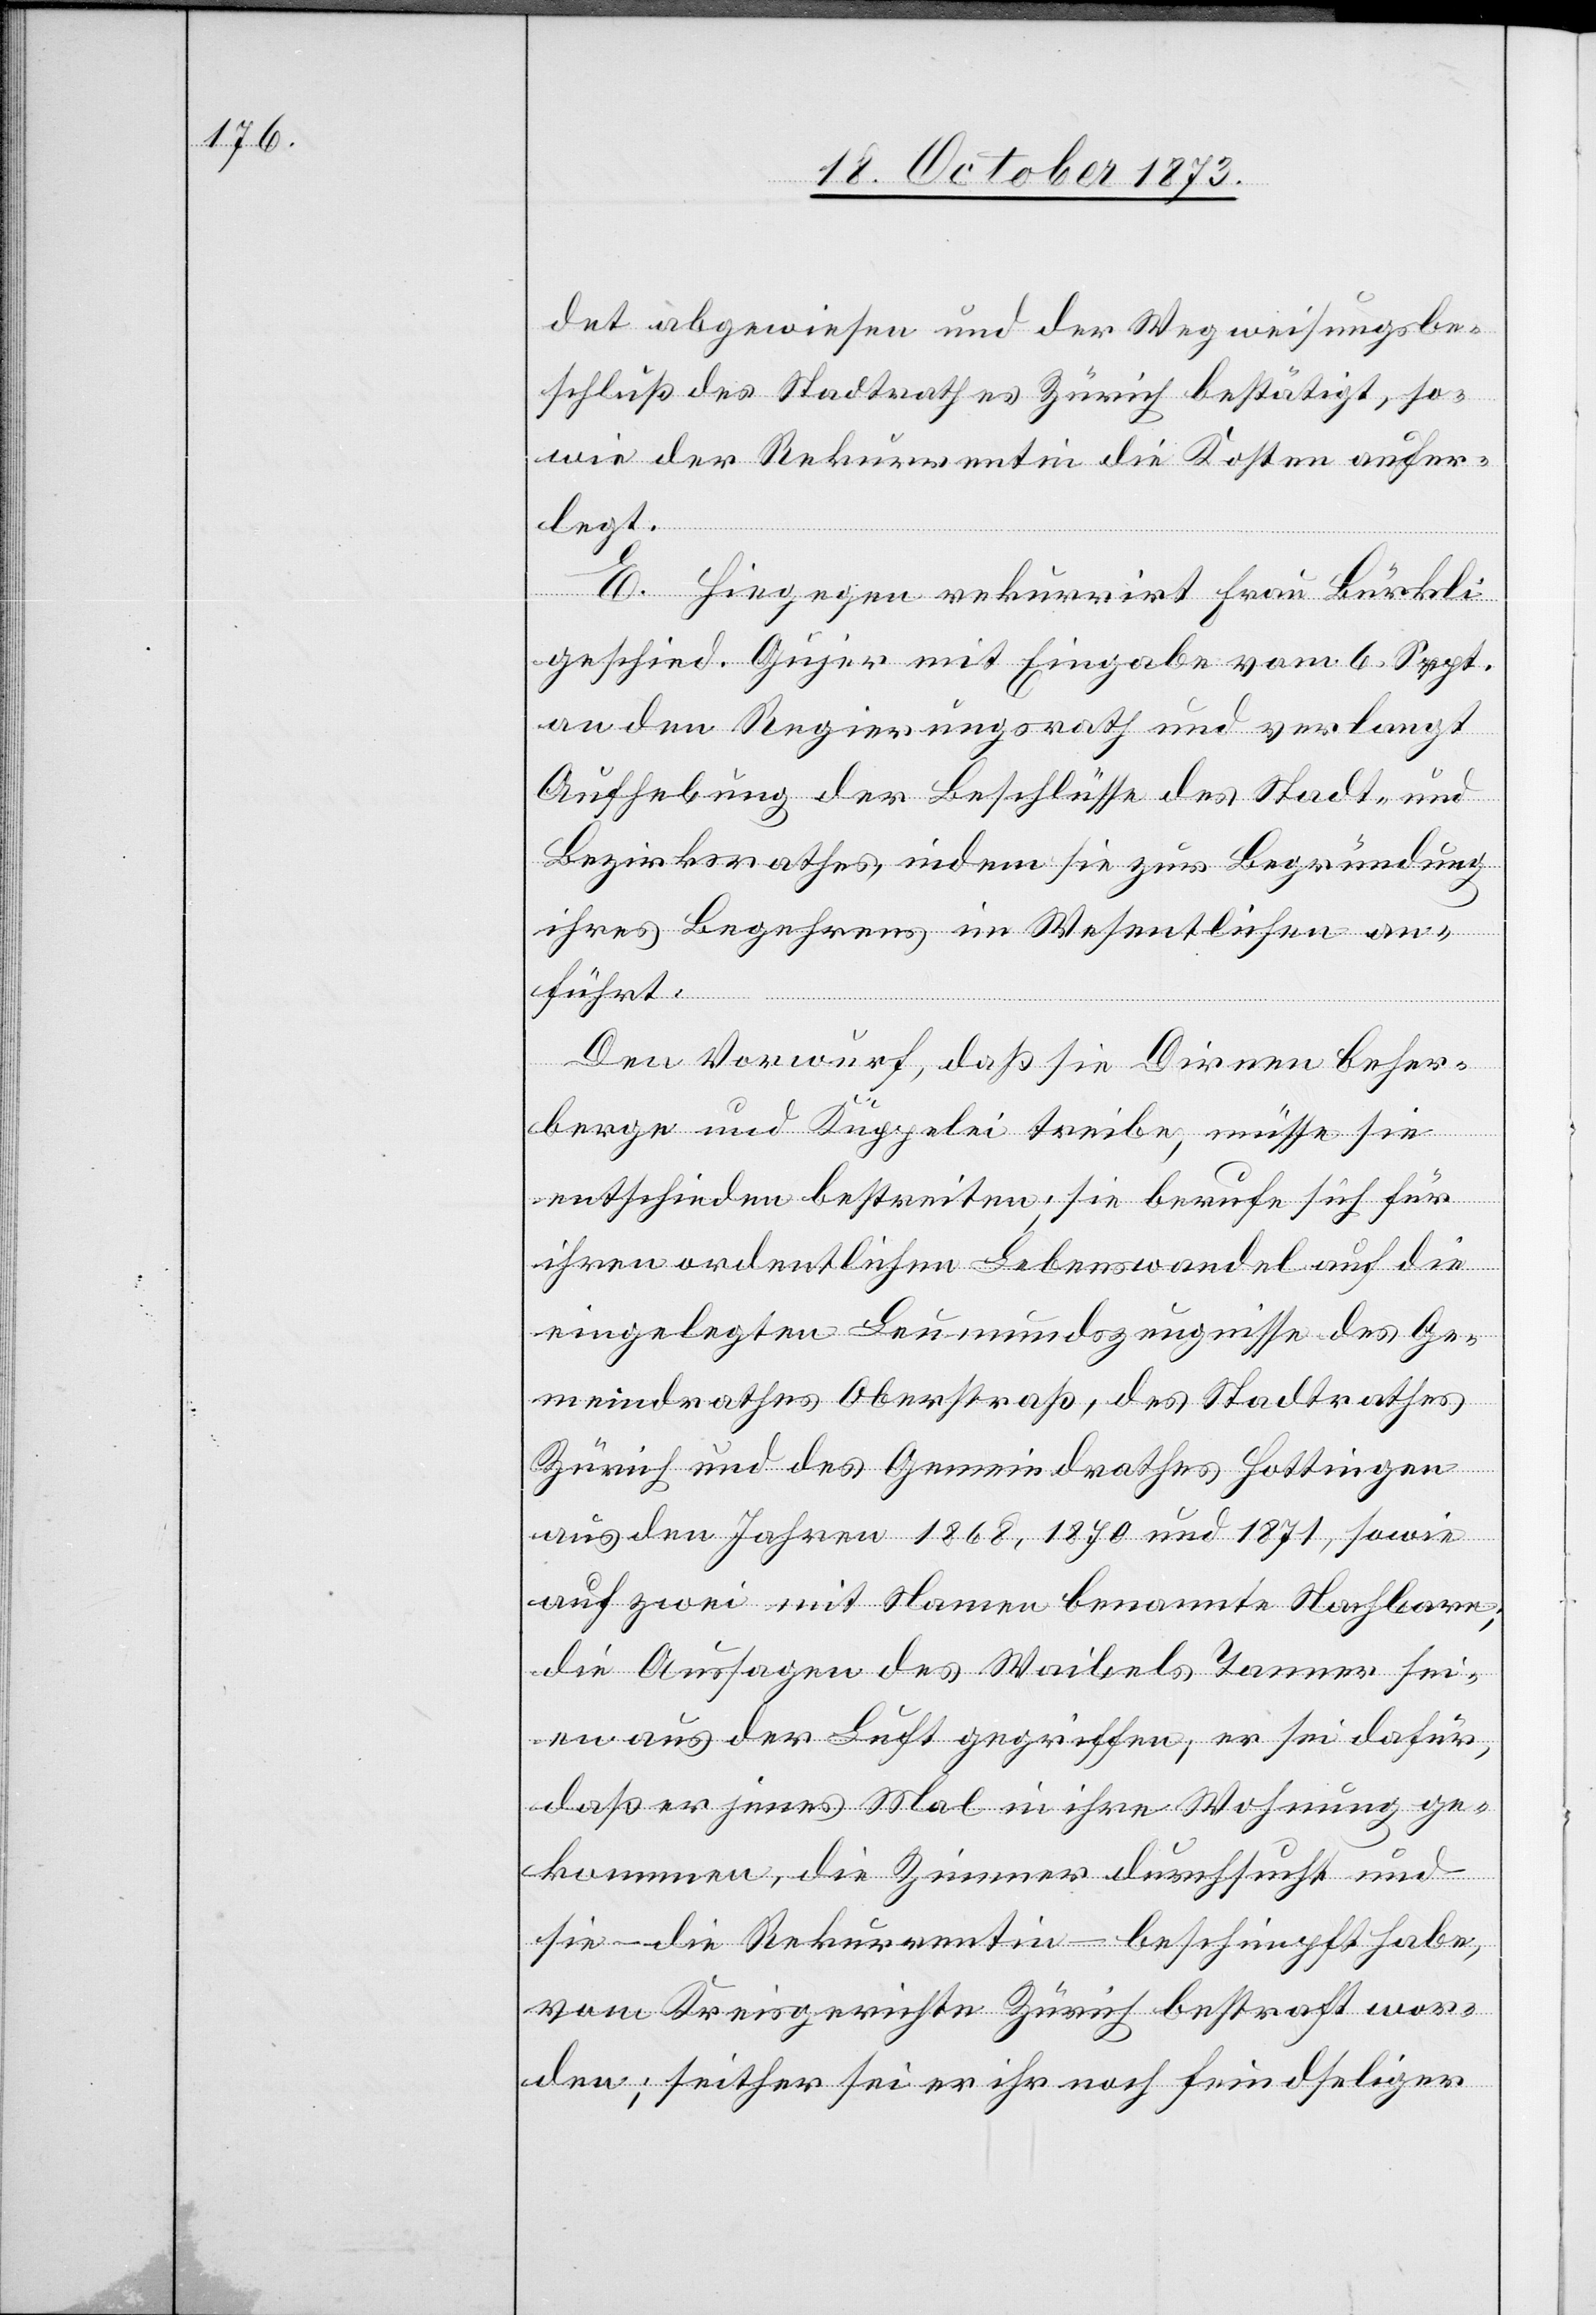
det abgewiesen und der Wegweisungsbe¬
schluß des Stadtrathes Zürich bestätigt, so¬
wie der Rekurrentin die Kosten aufer¬
legt.
E. Hiegegen rekurrirt Frau Bürkli
geschied. Gujer mit Eingabe vom 6. Sept.
an den Regierungsrath und verlangt
Aufhebung der Beschlüsse des Stadt- und
Bezirksrathes indem sie zur Begründung
ihres Begehrens im Wesentlichen an¬
führt.
Den Vorwurf, daß sie Dirnen beher¬
berge und Kuppelei treibe, müsse sie
entschieden bestreiten; sie berufe sich für
ihren ordentlichen Lebenswandel auf die
eingelegten Leumundszeugnisse des Ge¬
meindrathes Oberstraß, des Stadtrathes
Zürich und des Gemeindrathes Hottingen
aus den Jahren 1868, 1870 und 1871, sowie
auf zwei mit Namen benannte Nachbarn;
die Aussagen des Waibels Tanner sei¬
en aus der Luft gegriffen, er sei dafür,
daß er jenes Mal in ihre Wohnung ge¬
kommen, die Zimmer durchsucht und
sie – die Rekurrentin – beschimpft habe,
vom Kreisgerichte Zürich bestraft wor¬
den; seither sei er ihr noch feindseliger